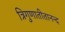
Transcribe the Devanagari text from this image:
त्रिगुणातीतानन्द